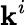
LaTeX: \mathbf{k}^{i}